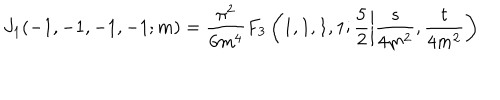
J _ { 1 } ( - 1 , - 1 , - 1 , - 1 ; m ) = \frac { \pi ^ { 2 } } { 6 m ^ { 4 } } F _ { 3 } \left( 1 , 1 , 1 , 1 ; \frac { 5 } { 2 } \left| \frac { s } { 4 m ^ { 2 } } , \frac { t } { 4 m ^ { 2 } } \right) \right.